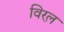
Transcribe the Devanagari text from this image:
विरल़